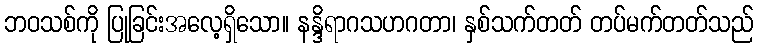
ဘဝသစ်ကို ပြုခြင်းအလေ့ရှိသော။ နန္ဒိရာဂသဟဂတာ၊ နှစ်သက်တတ် တပ်မက်တတ်သည်